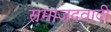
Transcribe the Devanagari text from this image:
समाजदवादी